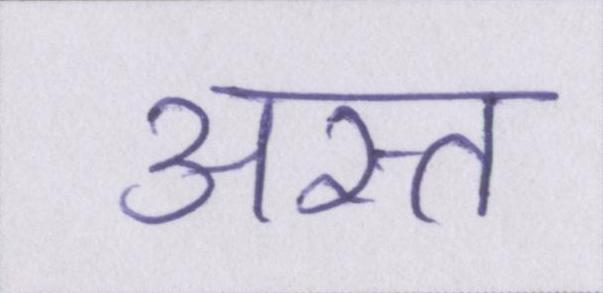
अस्त